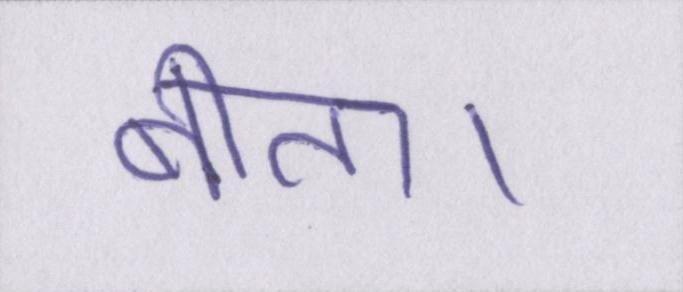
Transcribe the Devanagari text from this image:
बीता।